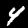
Digit: 4